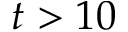
t > 1 0